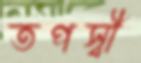
তপস্বী